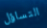
التساؤل